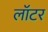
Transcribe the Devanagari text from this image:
लॉटर